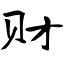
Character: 财